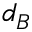
d _ { B }